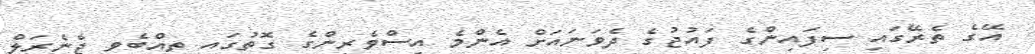
އޭގެ ތެރޭގައި ސިފައިންގެ ފައުޖުގެ ދެވަނައަށް އެންމެ އިސްވެރިންގެ ގޮތުގައި ތިއްބެވި ޖެނެރަލް